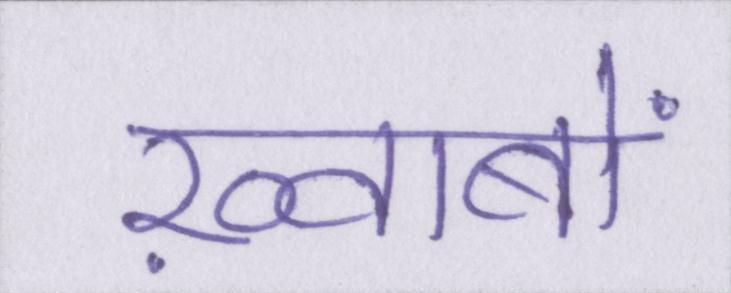
ख़्वाबों